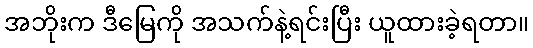
အဘိုးက ဒီမြေကို အသက်နဲ့ရင်းပြီး ယူထားခဲ့ရတာ။